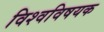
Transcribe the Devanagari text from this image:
विश्वविषयक